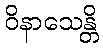
ဝိနာသေန္တိ